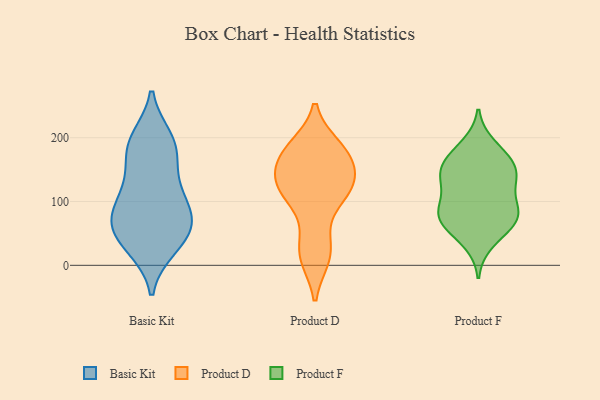
{"axis": {"x": "Website Visitors", "y": "Value"}, "legend": ["Basic Kit", "Product D", "Product F"], "data": [{"x": "", "y": 198, "type": "Basic Kit"}, {"x": "", "y": 88, "type": "Basic Kit"}, {"x": "", "y": 53, "type": "Basic Kit"}, {"x": "", "y": 72, "type": "Basic Kit"}, {"x": "", "y": 139, "type": "Basic Kit"}, {"x": "", "y": 102, "type": "Basic Kit"}, {"x": "", "y": 65, "type": "Basic Kit"}, {"x": "", "y": 28, "type": "Basic Kit"}, {"x": "", "y": 80, "type": "Basic Kit"}, {"x": "", "y": 30, "type": "Basic Kit"}, {"x": "", "y": 192, "type": "Basic Kit"}, {"x": "", "y": 177, "type": "Basic Kit"}, {"x": "", "y": 188, "type": "Basic Kit"}, {"x": "", "y": 49, "type": "Basic Kit"}, {"x": "", "y": 125, "type": "Basic Kit"}, {"x": "", "y": 133, "type": "Product D"}, {"x": "", "y": 186, "type": "Product D"}, {"x": "", "y": 12, "type": "Product D"}, {"x": "", "y": 13, "type": "Product D"}, {"x": "", "y": 128, "type": "Product D"}, {"x": "", "y": 177, "type": "Product D"}, {"x": "", "y": 116, "type": "Product D"}, {"x": "", "y": 45, "type": "Product D"}, {"x": "", "y": 107, "type": "Product D"}, {"x": "", "y": 184, "type": "Product D"}, {"x": "", "y": 112, "type": "Product D"}, {"x": "", "y": 158, "type": "Product D"}, {"x": "", "y": 157, "type": "Product D"}, {"x": "", "y": 143, "type": "Product F"}, {"x": "", "y": 135, "type": "Product F"}, {"x": "", "y": 67, "type": "Product F"}, {"x": "", "y": 89, "type": "Product F"}, {"x": "", "y": 153, "type": "Product F"}, {"x": "", "y": 129, "type": "Product F"}, {"x": "", "y": 139, "type": "Product F"}, {"x": "", "y": 85, "type": "Product F"}, {"x": "", "y": 64, "type": "Product F"}, {"x": "", "y": 172, "type": "Product F"}, {"x": "", "y": 82, "type": "Product F"}, {"x": "", "y": 188, "type": "Product F"}, {"x": "", "y": 64, "type": "Product F"}, {"x": "", "y": 167, "type": "Product F"}, {"x": "", "y": 94, "type": "Product F"}, {"x": "", "y": 36, "type": "Product F"}]}